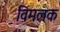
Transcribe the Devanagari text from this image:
विमलक